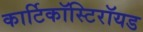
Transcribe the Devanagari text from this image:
कार्टिकॉस्टिरॉयड